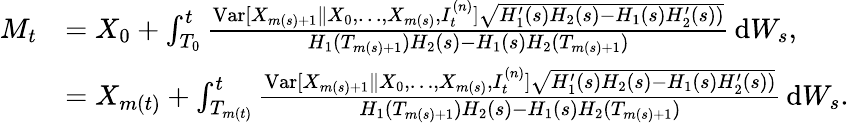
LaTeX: \begin{array}{rl}{M_{t}}&{=X_{0}+\int_{T_{0}}^{t}\frac{\mathrm{Var}[X_{m(s)+1}\| X_{0},\ldots,X_{m(s)},I_{t}^{(n)}]\sqrt{H_{1}^{\prime}(s)H_{2}(s)-H_{1}(s)H_{2}^{\prime}(s))}}{H_{1}(T_{m(s)+1})H_{2}(s)-H_{1}(s)H_{2}(T_{m(s)+1})}\, \mathrm{d}W_{s},}\\ &{=X_{m(t)}+\int_{T_{m(t)}}^{t}\frac{\mathrm{Var}[X_{m(s)+1}\| X_{0},\ldots,X_{m(s)},I_{t}^{(n)}]\sqrt{H_{1}^{\prime}(s)H_{2}(s)-H_{1}(s)H_{2}^{\prime}(s))}}{H_{1}(T_{m(s)+1})H_{2}(s)-H_{1}(s)H_{2}(T_{m(s)+1})}\, \mathrm{d}W_{s}.}\end{array}